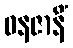
ဓနဇာနိံ